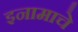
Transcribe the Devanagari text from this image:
इनामाचे